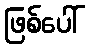
ဖြစ်ပေါ်